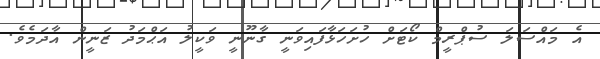
އެ މައްސަލަ ސުޕްރީމް ކޯޓަށް ހުށަހަޅާފައިވަނީ ގާނޫނީ ވަކީލު އަޙްމަދު ޒަނީން އާދަމެވެ.